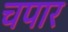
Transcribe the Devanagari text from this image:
चपार